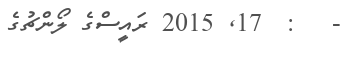
-   :  17